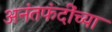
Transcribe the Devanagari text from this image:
अनंतफंदींच्या